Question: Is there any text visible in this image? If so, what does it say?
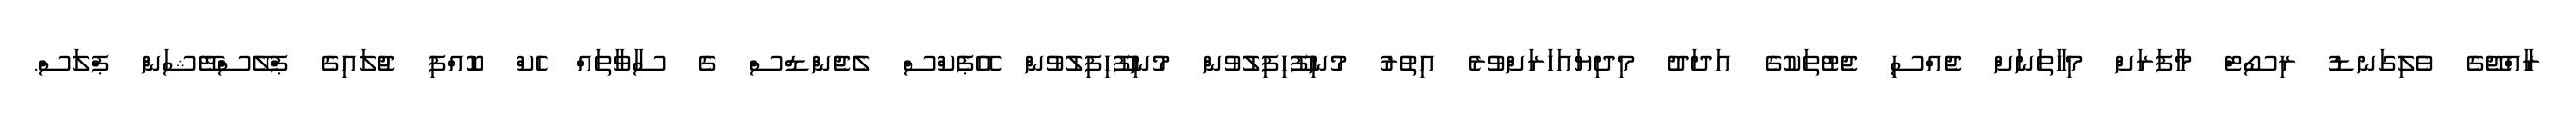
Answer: ރާއްޖޭގެ ވެލިގަނޑު ރިސޯޓް މާފަރަށް މިހާތަނަށް ޖެއްސި ޖެޓުތަކުގެ އަދަދު މިދިޔައަހަރަށްވުރެ އިތުރު މުނިފޫހިފިލުވުން މުނިފޫހިފިލުވުން އޭޕެކްސް ލެޖެންޑްސް ގެ ސާވާތައް ހެކް ކޮއްފި ޖުލައިގެ ޕްލޭސްްޓޭޝަން ޕްލަސް.